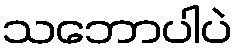
သဘောပါပဲ